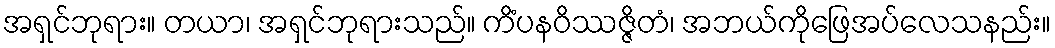
အရှင်ဘုရား။ တယာ၊ အရှင်ဘုရားသည်။ ကိံပနဝိဿဇ္ဇိတံ၊ အဘယ်ကိုဖြေအပ်လေသနည်း။